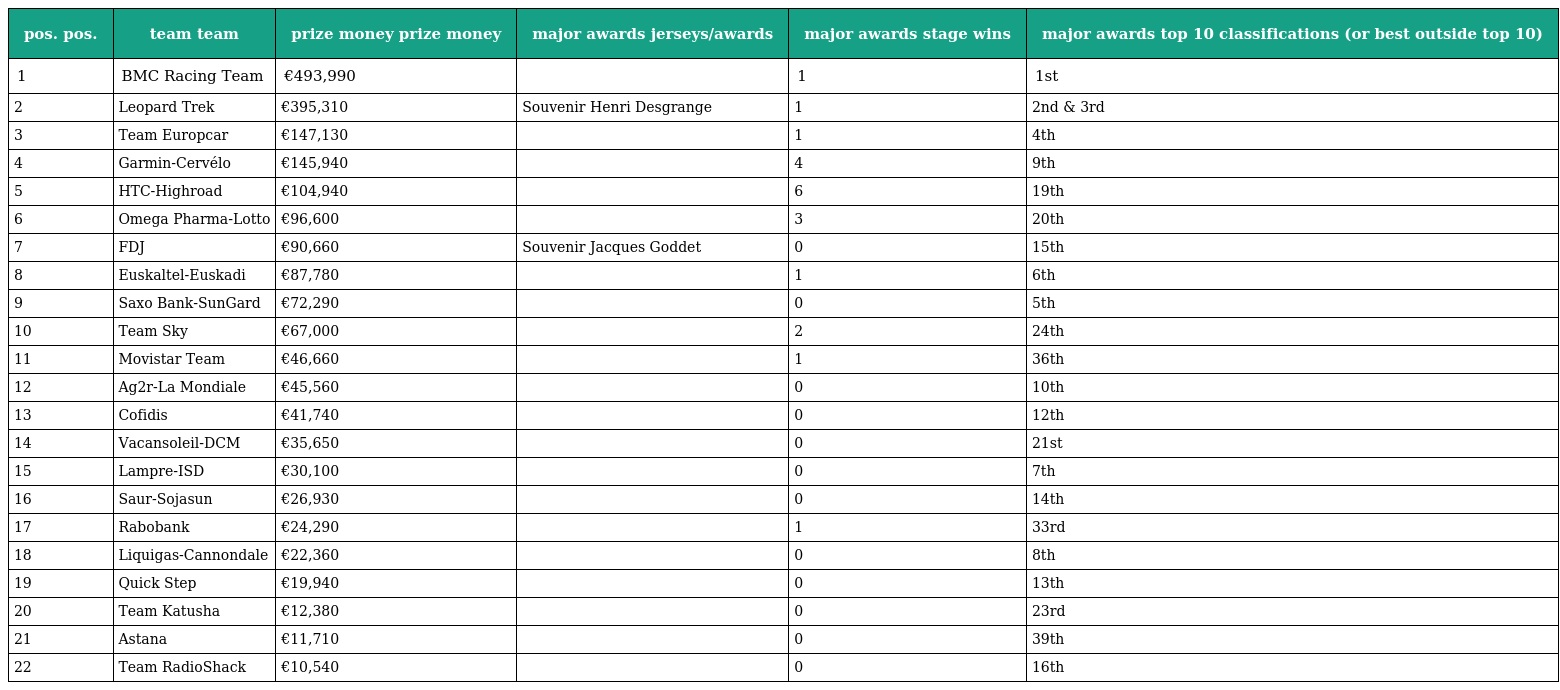
| pos. pos. | team team | prize money prize money | major awards jerseys/awards | major awards stage wins | major awards top 10 classifications (or best outside top 10) |
 | --- | --- | --- | --- | --- | --- |
 | 1 | BMC Racing Team | €493,990 |  | 1 | 1st |
 | 2 | Leopard Trek | €395,310 | Souvenir Henri Desgrange | 1 | 2nd & 3rd |
 | 3 | Team Europcar | €147,130 |  | 1 | 4th |
 | 4 | Garmin-Cervélo | €145,940 |  | 4 | 9th |
 | 5 | HTC-Highroad | €104,940 |  | 6 | 19th |
 | 6 | Omega Pharma-Lotto | €96,600 |  | 3 | 20th |
 | 7 | FDJ | €90,660 | Souvenir Jacques Goddet | 0 | 15th |
 | 8 | Euskaltel-Euskadi | €87,780 |  | 1 | 6th |
 | 9 | Saxo Bank-SunGard | €72,290 |  | 0 | 5th |
 | 10 | Team Sky | €67,000 |  | 2 | 24th |
 | 11 | Movistar Team | €46,660 |  | 1 | 36th |
 | 12 | Ag2r-La Mondiale | €45,560 |  | 0 | 10th |
 | 13 | Cofidis | €41,740 |  | 0 | 12th |
 | 14 | Vacansoleil-DCM | €35,650 |  | 0 | 21st |
 | 15 | Lampre-ISD | €30,100 |  | 0 | 7th |
 | 16 | Saur-Sojasun | €26,930 |  | 0 | 14th |
 | 17 | Rabobank | €24,290 |  | 1 | 33rd |
 | 18 | Liquigas-Cannondale | €22,360 |  | 0 | 8th |
 | 19 | Quick Step | €19,940 |  | 0 | 13th |
 | 20 | Team Katusha | €12,380 |  | 0 | 23rd |
 | 21 | Astana | €11,710 |  | 0 | 39th |
 | 22 | Team RadioShack | €10,540 |  | 0 | 16th |